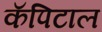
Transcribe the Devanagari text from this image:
कॅपिटाल